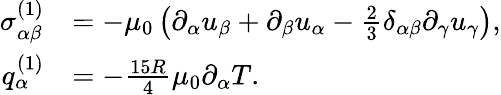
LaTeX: \begin{array}{rl}{\sigma_{\alpha\beta}^{(1)}}&{=-\mu_{0}\left(\partial_{\alpha}u_{\beta}+\partial_{\beta}u_{\alpha}-\frac{2}{3}\delta_{\alpha\beta}\partial_{\gamma}u_{\gamma}\right),}\\ {q_{\alpha}^{(1)}}&{=-\frac{15R}{4}\mu_{0}\partial_{\alpha}T.}\end{array}